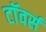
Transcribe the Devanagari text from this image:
टाॅवर्स